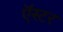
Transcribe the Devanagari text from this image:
ऍस्टर